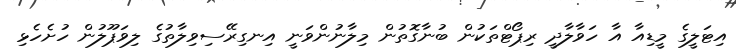
އިޓަލީގެ މީޑިއާ އާ ހަވާލާދީ ރިޕޯޓްތަކުން ބުނާގޮތުން މިލާނުންވަނީ އިނގިރޭސިވިލާތުގެ ލިވަޕޫލުން ހުށެހެޅި